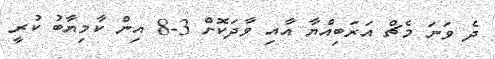
ދެ ވަނަ މެޗް އަރަބިއްޔާ އާއި ވާދަކޮށް 3-8 އިން ކާމިޔާބު ކުރީ